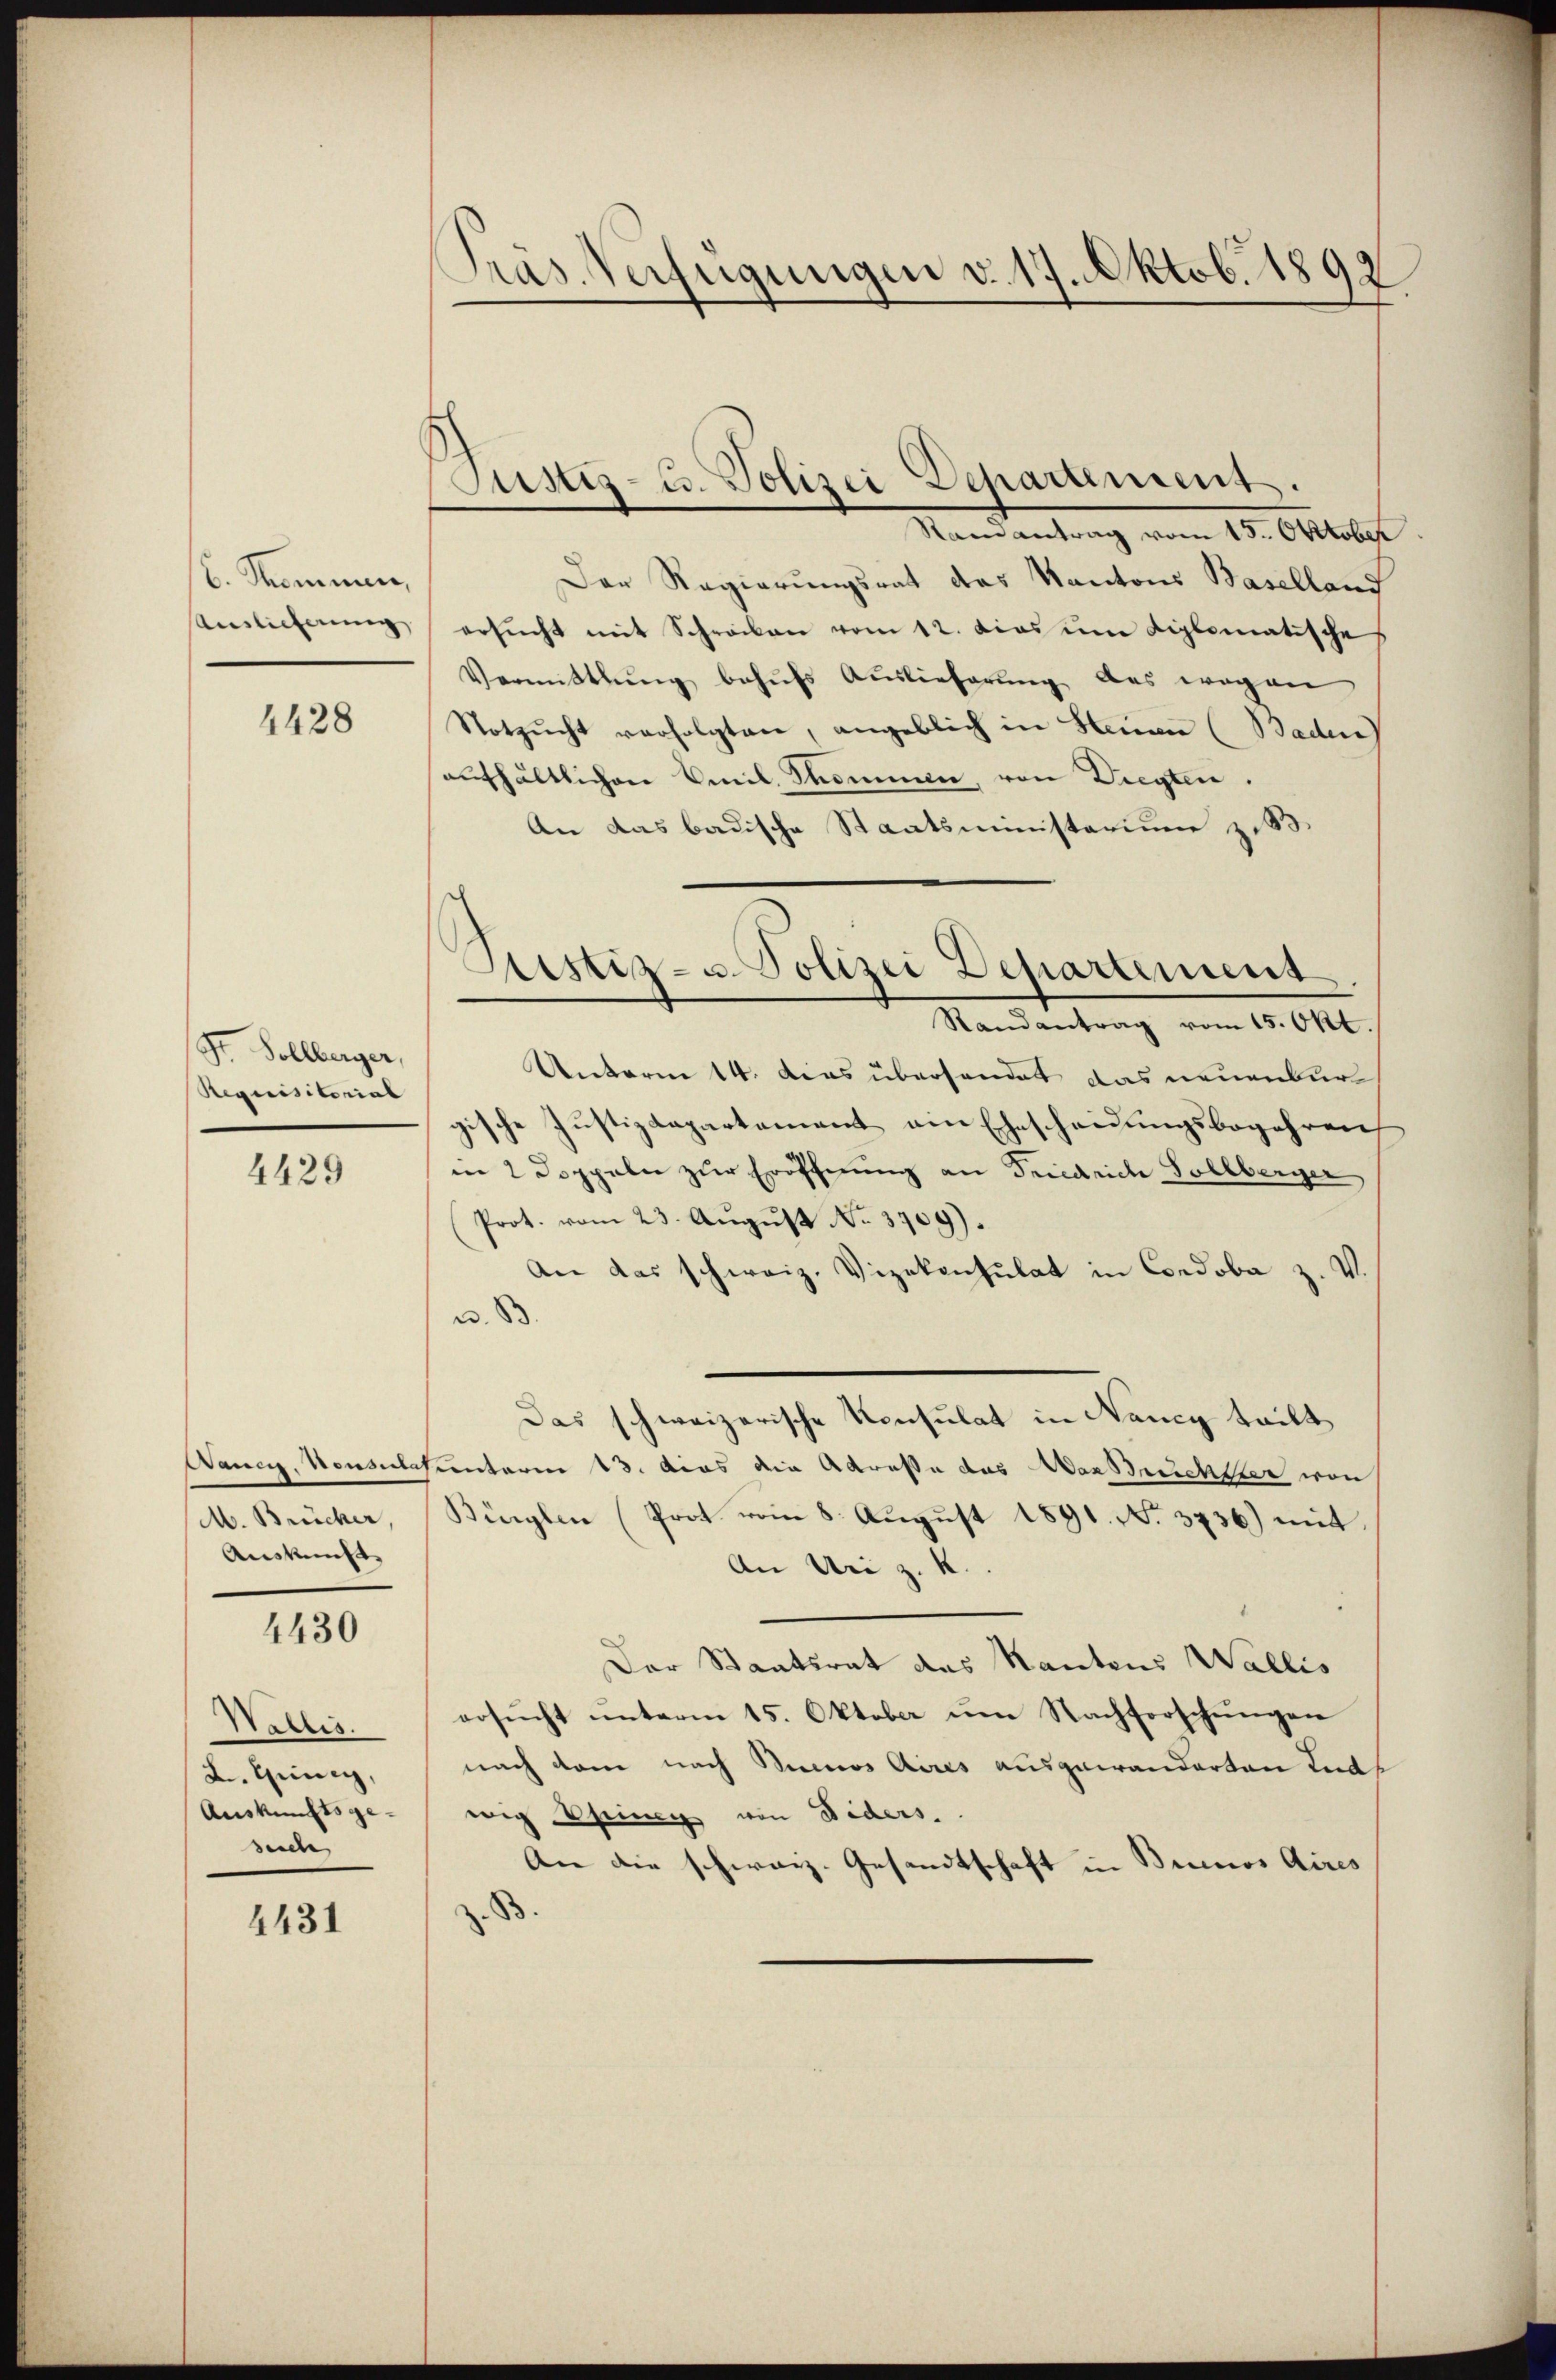
6. Sommen,
Auslieferung

4428

Str. Sollberger,
Requisitorial

4429

M. Brücher
Auskunft

4430

Wallis.
L. Heinig,
Auskunftsge-
suche

4431

Präs. Verfügungen v. 17. Oktob. 1892

Justiz- u. Polizei Departement.
Randantrag vom 15. Oktober

Astiz- u. Polizei Departement
Randantrag vom 15. Okt

Der Regierungsrat des Kantons Baselland
ersŭcht mit Schreiben vom 12. dies um diplomatische
Vermittlung behŭfs Auslieferung des wegen
Notzŭcht verfolgten, angeblich in Steinen (Baden)
aufhältlichen Emil Thommen, von Diegten.
An das badische Staatsministerium z. B
Unterm 14. dies übersendet das neuenbur
gische Justizdepartement ein Ehescheidungsbegehren
in 2 Doppeln zur Eröffnung an Friedrich Sollberger
Prot. vom 23. Aŭgŭst No. 3709).
An das schweiz. Vizekonsulat in Condoba z. V.
u. 83.
Das schweizerische Konsulat in Nancy teilt
Wancy, Konsulesentarin 13. das die Adresse das Das richter von
Büglen (Prot vom 8. August 1891. No. 3736) mit
An Uri z. K.
Der Staatsrat des Kantons Wallis
ersŭcht ŭnterm 15. Oktober ŭm Nachforschŭngen
nach dem nach Simos Aires ausgewanderten Ents
wig Ging von Niders
An die schweiz. Gesandtschaft in Brunos Aires
8